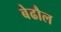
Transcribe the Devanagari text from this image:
बेढौल